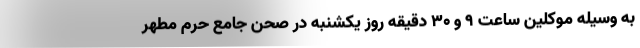
به وسیله موکلین ساعت ۹ و ۳۰ دقیقه روز یکشنبه در صحن جامع حرم مطهر